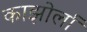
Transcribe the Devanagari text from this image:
काझोर्ला